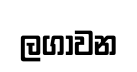
ලගාවන